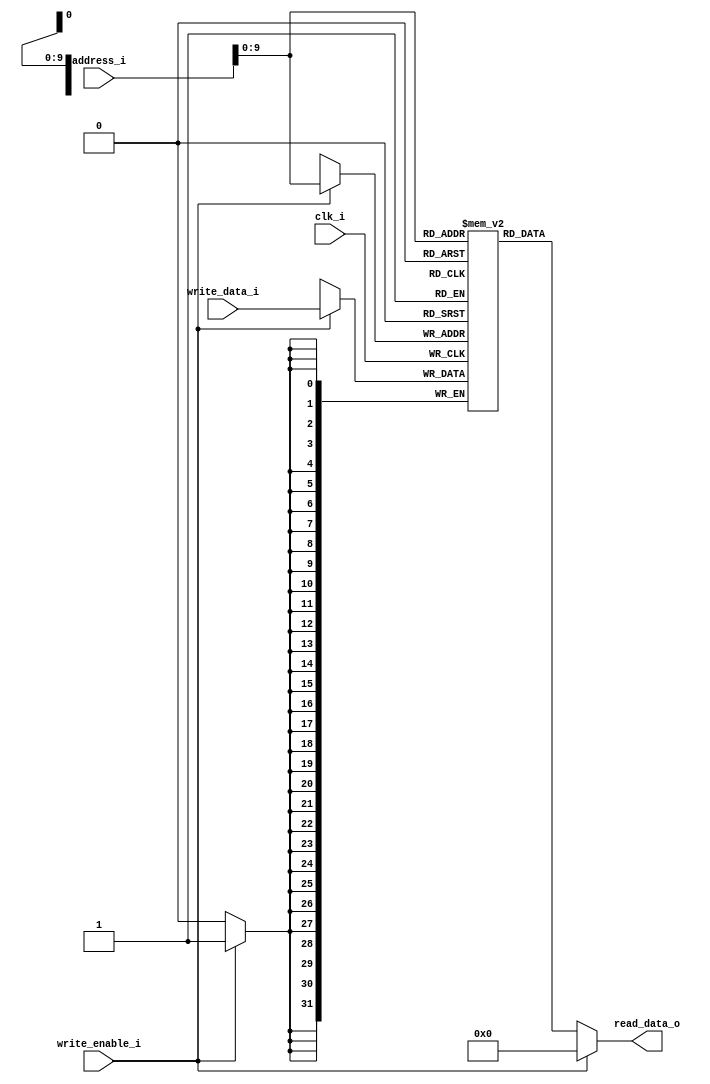
module data_memory #(
    parameter DATA_WIDTH = 32,
    parameter MEMORY_DEPTH = 1024
) (
    clk_i, address_i, write_data_i, write_enable_i, read_data_o
);

    input [DATA_WIDTH-1:0] address_i, write_data_i;
    input write_enable_i, clk_i;

    output [DATA_WIDTH-1:0] read_data_o;

    reg [DATA_WIDTH-1:0] memory [MEMORY_DEPTH-1:0];

    assign read_data_o = (write_enable_i == 1'b0) ?memory[address_i]: 32'h00000000;

    always @(posedge clk_i) begin
        if(write_enable_i) begin
            memory[address_i] <= write_data_i;
        end
    end
    
endmodule